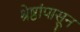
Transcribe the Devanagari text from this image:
श्रेष्ठांपासून